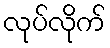
လုပ်လိုက်